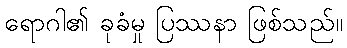
ရောဂါ၏ ခုခံမှု ပြဿနာ ဖြစ်သည်။